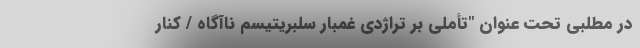
در مطلبی تحت عنوان "تأملی بر تراژدی غمبار سلبریتیسم ناآگاه / کنار